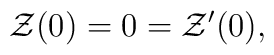
{\cal Z}(0)=0={\cal Z}'(0),